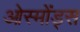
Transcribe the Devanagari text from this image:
ओस्मोंड्स